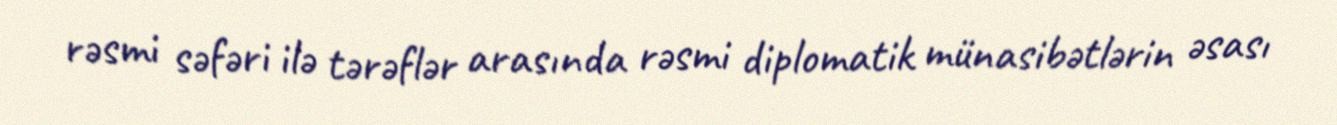
rəsmi səfəri ilə tərəflər arasında rəsmi diplomatik münasibətlərin əsası